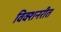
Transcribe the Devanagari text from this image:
विक्शनरीत